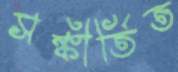
সঙ্কীর্তিত